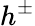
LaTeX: h^{\pm}